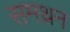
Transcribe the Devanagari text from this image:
समथ्रन